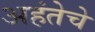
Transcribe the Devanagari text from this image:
अहंतेचे